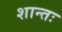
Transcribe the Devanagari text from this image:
शान्तः